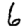
Digit: 6